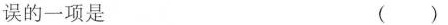
误的一项是 ()